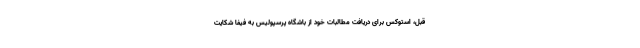
قبل، استوکس برای دریافت مطالبات خود از باشگاه پرسپولیس به فیفا شکایت